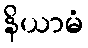
နိယာမံ